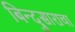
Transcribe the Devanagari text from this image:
बिन्दुसाराचा